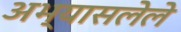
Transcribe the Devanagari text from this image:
अभ्यासलेले